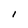
Character: l